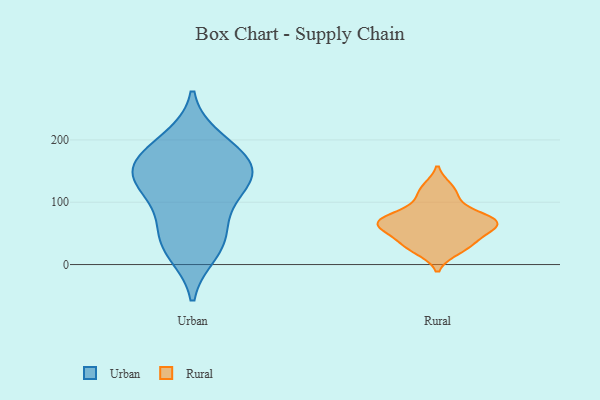
{"axis": {"x": "Humidity (%)", "y": "Value"}, "legend": ["Rural", "Urban"], "data": [{"x": "", "y": 140, "type": "Urban"}, {"x": "", "y": 200, "type": "Urban"}, {"x": "", "y": 128, "type": "Urban"}, {"x": "", "y": 47, "type": "Urban"}, {"x": "", "y": 20, "type": "Urban"}, {"x": "", "y": 185, "type": "Urban"}, {"x": "", "y": 80, "type": "Urban"}, {"x": "", "y": 119, "type": "Urban"}, {"x": "", "y": 151, "type": "Urban"}, {"x": "", "y": 153, "type": "Urban"}, {"x": "", "y": 33, "type": "Urban"}, {"x": "", "y": 167, "type": "Urban"}, {"x": "", "y": 65, "type": "Rural"}, {"x": "", "y": 60, "type": "Rural"}, {"x": "", "y": 32, "type": "Rural"}, {"x": "", "y": 39, "type": "Rural"}, {"x": "", "y": 74, "type": "Rural"}, {"x": "", "y": 106, "type": "Rural"}, {"x": "", "y": 124, "type": "Rural"}, {"x": "", "y": 60, "type": "Rural"}, {"x": "", "y": 22, "type": "Rural"}, {"x": "", "y": 70, "type": "Rural"}, {"x": "", "y": 80, "type": "Rural"}]}